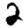
Digit: 2